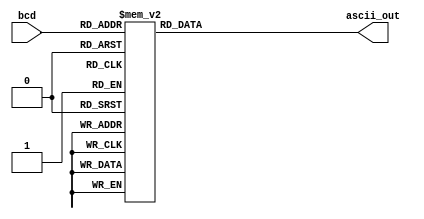
`timescale 1ns / 1ps
//////////////////////////////////////////////////////////////////////////////////
// Company: 
// Engineer: 
// 
// Design Name: 
// Module Name: ToAscii
// Project Name: 
// Target Devices: 
// Tool Versions: 
// Description: 
// 
// Dependencies: 
// 
// Revision:
// Revision 0.01 - File Created
// Additional Comments:
// 
//////////////////////////////////////////////////////////////////////////////////


module ToAscii(input [3:0]bcd, output [7:0]ascii_out);
    
    reg [7:0]ascii;
    assign ascii_out = ascii; 
    always @(bcd) begin
        case (bcd)
            4'd0  : ascii <=  8'h30 ;
            4'd1  : ascii <=  8'h31 ;
            4'd2  : ascii <=  8'h32 ;
            4'd3  : ascii <=  8'h33 ;
            4'd4  : ascii <=  8'h34 ;
            4'd5  : ascii <=  8'h35 ;
            4'd6  : ascii <=  8'h36 ;
            4'd7  : ascii <=  8'h37 ;
            4'd8  : ascii <=  8'h38 ;
            4'd9  : ascii <=  8'h39 ;
            //add minus
            4'hA  : ascii <=  8'h2b ;
            4'hB  : ascii <=  8'h2d ;
            //period
            4'hE  : ascii <=  8'h2e ;
            default : ascii <=  8'hff ;
        endcase
    end
endmodule